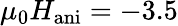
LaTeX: \mu_{0}H_{\mathrm{ani}}=-3.5